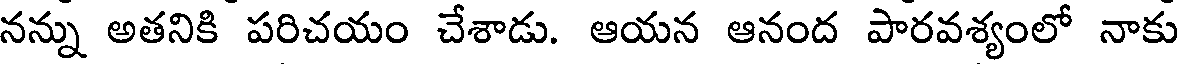
నన్ను అతనికి పరిచయం చేశాడు. ఆయన ఆనంద పారవశ్యంలో నాకు